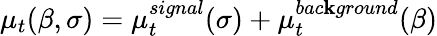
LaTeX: \mu_{t}(\beta,\sigma)=\mu_{t}^{signal}(\sigma)+\mu_{t}^{bac\mathbf{k}ground}(\beta)